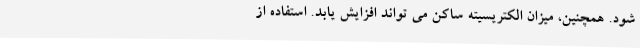
شود. همچنین، میزان الکتریسیته ساکن می تواند افزایش یابد. استفاده از